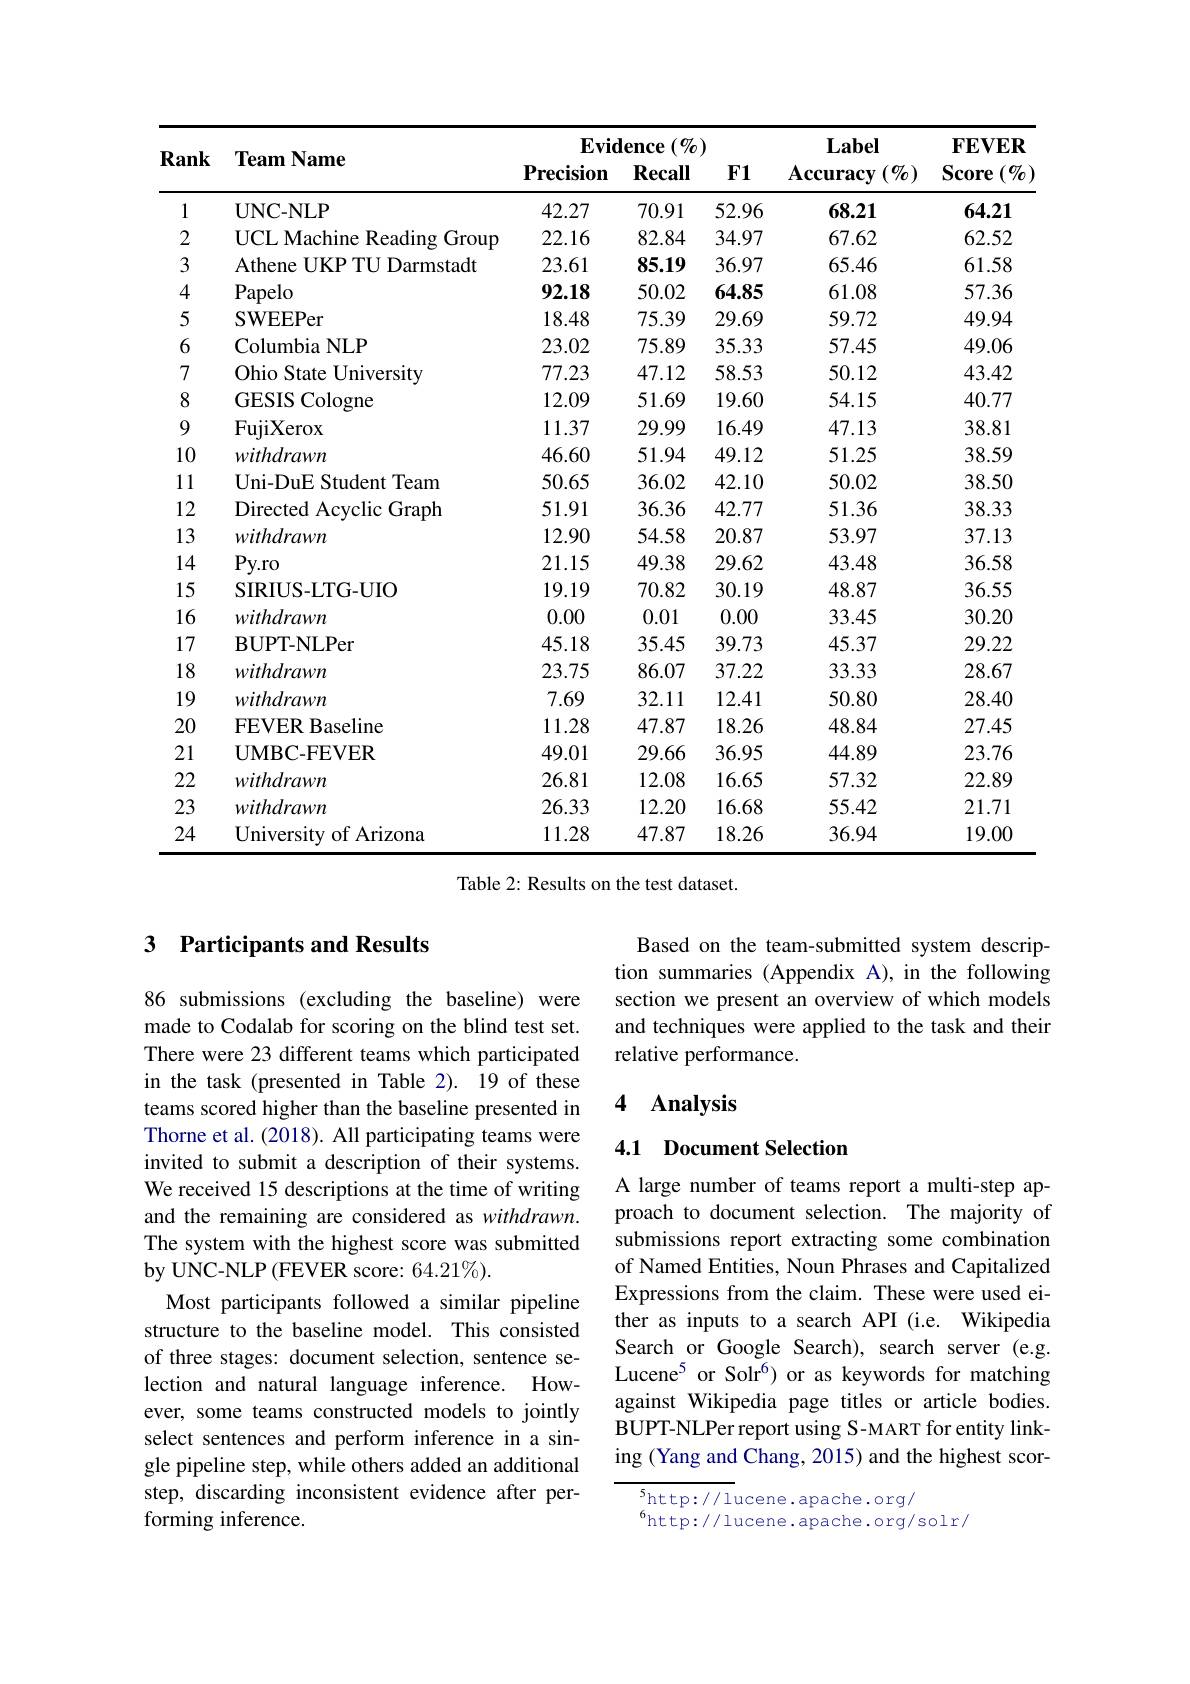
<table>
	<tbody>
		<tr>
			<th rowspan="2">Rank</th>
			<th rowspan="2">Team Name</th>
			<th colspan="3">$\mathbf{Evidence}\left(\%\right)$</th>
			<th rowspan="2">Label $\mathbf{Accuracy}$ $\cdot(\%)$</th>
			<th rowspan="2">$\mathbf{FEVER}$ Score $(\emptyset_{0})$</th>
		</tr>
		<tr>
			<th>$\mathbf{Precision}$</th>
			<th>$\mathbf{Recall}$</th>
			<th>$\mathbf{F1}$</th>
		</tr>
		<tr>
			<td>1</td>
			<td>$\mathbf{UNC-NLP}$</td>
			<td>42.27</td>
			<td>70.91</td>
			<td>52.96</td>
			<td>68.21</td>
			<td>64.21</td>
		</tr>
		<tr>
			<td>2</td>
			<td>UCL Machine Reading ${\mathrm{g}}$Group</td>
			<td>22.16</td>
			<td>82.84</td>
			<td>34.97</td>
			<td>67.62</td>
			<td>62.52</td>
		</tr>
		<tr>
			<td>3</td>
			<td>Athene UKP TU Darmstadt</td>
			<td>23.61</td>
			<td>85.19</td>
			<td>36.97</td>
			<td>65.46</td>
			<td>61.58</td>
		</tr>
		<tr>
			<td>4</td>
			<td>Papelo</td>
			<td>92.18</td>
			<td>50.02</td>
			<td>64.85</td>
			<td>61.08</td>
			<td>57.36</td>
		</tr>
		<tr>
			<td>5</td>
			<td>SWEEPer</td>
			<td>18.48</td>
			<td>75.39</td>
			<td>29.69</td>
			<td>59.72</td>
			<td>49.94</td>
		</tr>
		<tr>
			<td>6</td>
			<td>Columbia NLP</td>
			<td>23.02</td>
			<td>75.89</td>
			<td>35.33</td>
			<td>57.45</td>
			<td>49.06</td>
		</tr>
		<tr>
			<td>7</td>
			<td>Ohio State ${\mathbf{e}}$University</td>
			<td>77.23</td>
			<td>47.12</td>
			<td>58.53</td>
			<td>50.12</td>
			<td>43.42</td>
		</tr>
		<tr>
			<td>8</td>
			<td>GESIS Cologne</td>
			<td>12.09</td>
			<td>51.69</td>
			<td>19.60</td>
			<td>54.15</td>
			<td>40.77</td>
		</tr>
		<tr>
			<td>9</td>
			<td>FujiXerox</td>
			<td>11.37</td>
			<td>29.99</td>
			<td>16.49</td>
			<td>47.13</td>
			<td>38.81</td>
		</tr>
		<tr>
			<td>10</td>
			<td>withdrawn</td>
			<td>46.60</td>
			<td>51.94</td>
			<td>49.12</td>
			<td>51.25</td>
			<td>38.59</td>
		</tr>
		<tr>
			<td>11</td>
			<td>Uni- DuE Student Team</td>
			<td>50.65</td>
			<td>36.02</td>
			<td>42.10</td>
			<td>50.02</td>
			<td>38.50</td>
		</tr>
		<tr>
			<td>12</td>
			<td>Directed Acyclic Graph</td>
			<td>51.91</td>
			<td>36.36</td>
			<td>42.77</td>
			<td>51.36</td>
			<td>38.33</td>
		</tr>
		<tr>
			<td>13</td>
			<td>withdrawn</td>
			<td>12.90</td>
			<td>54.58</td>
			<td>20.87</td>
			<td>53.97</td>
			<td>37.13</td>
		</tr>
		<tr>
			<td>14</td>
			<td>$Py.ro$</td>
			<td>21.15</td>
			<td>49.38</td>
			<td>29.62</td>
			<td>43.48</td>
			<td>36.58</td>
		</tr>
		<tr>
			<td>15</td>
			<td>SIRIUS-LTG-UIO</td>
			<td>19.19</td>
			<td>70.82</td>
			<td>30.19</td>
			<td>48.87</td>
			<td>36.55</td>
		</tr>
		<tr>
			<td>16</td>
			<td>withdrawn</td>
			<td>0.00</td>
			<td>0.01</td>
			<td>0.00</td>
			<td>33.45</td>
			<td>30.20</td>
		</tr>
		<tr>
			<td>17</td>
			<td>$\mathbf{BUPT-NLPer}$</td>
			<td>45.18</td>
			<td>35.45</td>
			<td>39.73</td>
			<td>45.37</td>
			<td>29.22</td>
		</tr>
		<tr>
			<td>18</td>
			<td>withdrawn</td>
			<td>23.75</td>
			<td>86.07</td>
			<td>37.22</td>
			<td>33.33</td>
			<td>28.67</td>
		</tr>
		<tr>
			<td>19</td>
			<td>withdrawn</td>
			<td>7.69</td>
			<td>32.11</td>
			<td>12.41</td>
			<td>50.80</td>
			<td>28.40</td>
		</tr>
		<tr>
			<td>20</td>
			<td>FEVER Baseline</td>
			<td>11.28</td>
			<td>47.87</td>
			<td>18.26</td>
			<td>48.84</td>
			<td>27.45</td>
		</tr>
		<tr>
			<td>21</td>
			<td>UMBC-FEVER</td>
			<td>49.01</td>
			<td>29.66</td>
			<td>36.95</td>
			<td>44.89</td>
			<td>23.76</td>
		</tr>
		<tr>
			<td>22</td>
			<td>withdrawn</td>
			<td>26.81</td>
			<td>12.08</td>
			<td>16.65</td>
			<td>57.32</td>
			<td>22.89</td>
		</tr>
		<tr>
			<td>23</td>
			<td>withdrawn</td>
			<td>26.33</td>
			<td>12.20</td>
			<td>16.68</td>
			<td>55.42</td>
			<td>21.71</td>
		</tr>
		<tr>
			<td>24</td>
			<td>University of Arizona</td>
			<td>11.28</td>
			<td>47.87</td>
			<td>18.26</td>
			<td>36.94</td>
			<td>19.00</td>
		</tr>
	</tbody>
</table>

Table 2: Results on the test dataset.

### 3 Participants and Results

Based on the team-submitted system description summaries (Appendix A), in the following section we present an overview of which models and techniques were applied to the task and their relative performance.

### 4 $\mathbf{Analysis}$

### 4.1 Document Selection

86 submissions (excluding the baseline) were made to Codalab for scoring on the blind test set. There were 23 different teams which participated in the task (presented in Table 2). 19 of these teams scored higher than the baseline presented in Thorne et al. (2018). All participating teams were invited to submit a description of their systems. We received 15 descriptions at the time of writing and the remaining are considered as withdrawn. The system with the highest score was submitted by UNC-NLP (FEVER score: 64.21%).
Most participants followed a similar pipeline structure to the baseline model. This consisted of three stages: document selection, sentence selection and natural language inference. However, some teams constructed models to jointly select sentences and perform inference in a single pipeline step, while others added an additional step, discarding inconsistent evidence after performing inference.

A large number of teams report a multi-step approach to document selection. The majority of submissions report extracting some combination of Named Entities, Noun Phrases and Capitalized Expressions from the claim. These were used either as inputs to a search API (i.e. Wikipedia Search or Google Search), search server (e.g. Lucene$^{5}$ or Solr$^{6})$ or as keywords for matching against Wikipedia page titles or article bodies. BUPT-NLPer report using S-MART for entity linking (Yang and Chang, 2015) and the highest scor-

$^5$http://lucene.apache.org/
$^{6}$http://lucene.apache.org/solr/